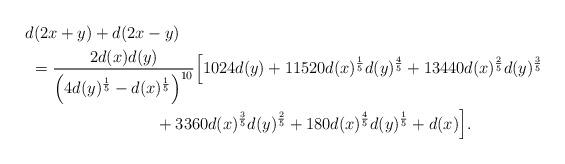
LaTeX: \begin{align*}& d(2x+y)+d(2x-y)\\&~=\frac{2d(x)d(y)}{\left(4d(y)^{\frac{1}{5}}-d(x)^{\frac{1}{5}}\right)^{10}}\Big[1024d(y)+11520d(x)^{\frac{1}{5}}d(y)^{\frac{4}{5}}+13440d(x)^{\frac{2}{5}}d(y)^{\frac{3}{5}}\\&\qquad\qquad\qquad\qquad+3360d(x)^{\frac{3}{5}}d(y)^{\frac{2}{5}}+180d(x)^{\frac{4}{5}}d(y)^{\frac{1}{5}}+d(x)\Big].\end{align*}